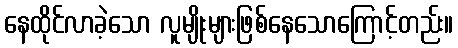
နေထိုင်လာခဲ့သော လူမျိုးများဖြစ်နေသောကြောင့်တည်း။